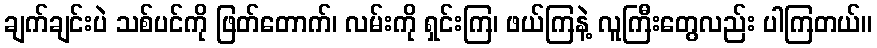
ချက်ချင်းပဲ သစ်ပင်ကို ဖြတ်တောက်၊ လမ်းကို ရှင်းကြ၊ ဖယ်ကြနဲ့ လူကြီးတွေလည်း ပါကြတယ်။